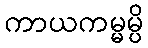
ကာယကမ္မမ္ပိ